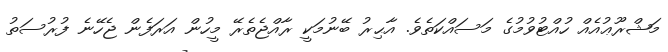
މަޝްރޫޢުއެއް ހުއްޓުވުމުގެ މަސައްކަތެވެ. އާޙިރު ބޭނުމަކީ ރާއްޖެތެރޭ މީހުން އަރަފެން ޖެހޭނެ ފުރުސަތު